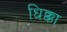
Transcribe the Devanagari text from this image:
धिक्का